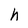
Character: h